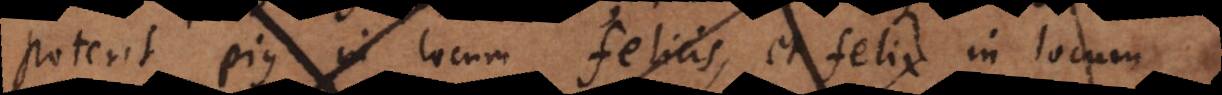
poterit pius in locum felicis, et felix in locum